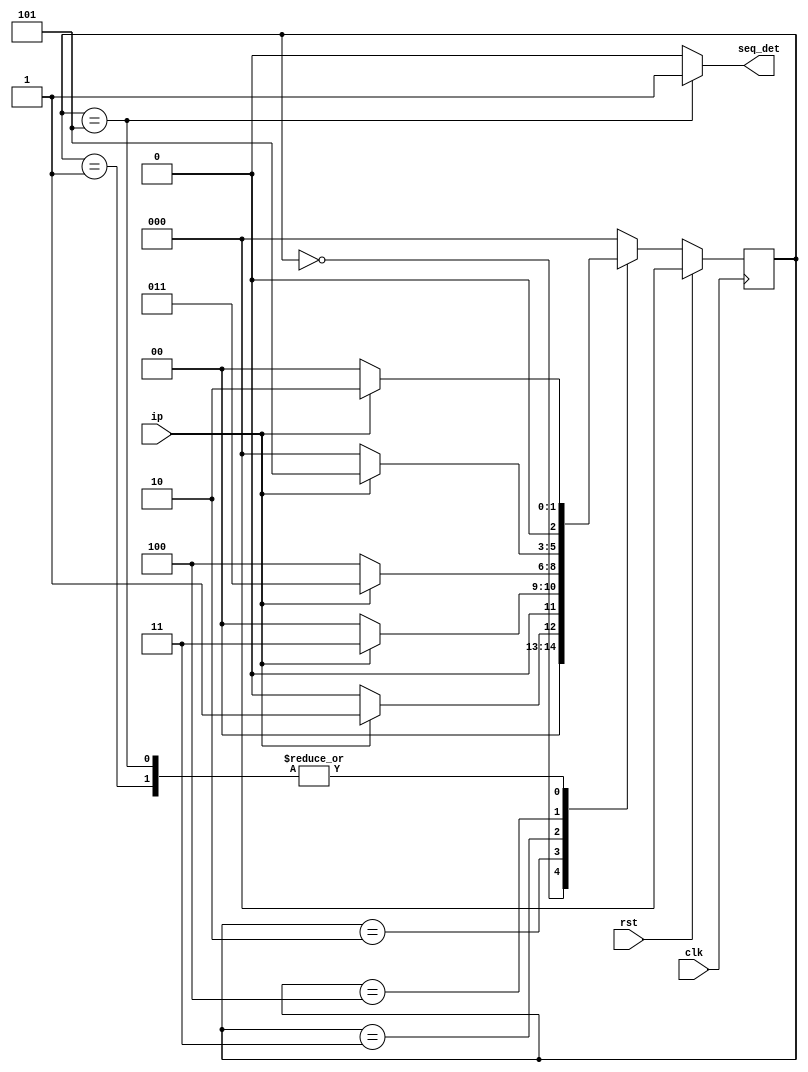
module fsm_11101(input clk,rst,ip,output seq_det);
  reg [2:0] pr_st,nx_st;
  parameter A=3'b000,B=3'b001,C=3'b010,D=3'b011,E=3'b100,F=3'b101;
  always @(posedge clk)begin
    if(rst)
      pr_st<=A;
    else
      pr_st<=nx_st;
  end
  assign seq_det=(pr_st==F)?1'b1:1'b0;
  
  always @(pr_st,ip)begin
    case(pr_st)
      A:if(ip==1)
          nx_st<=B;
        else
          nx_st<=A;
      B:if(ip==1)
          nx_st<=C;
        else
          nx_st<=A;
      C:if(ip==1)
          nx_st<=D;
        else
          nx_st<=A;
      D:if(ip==0)
          nx_st<=E;
        else
          nx_st<=D;
      E:if(ip==1)
          nx_st<=F;
         else
          nx_st<=A;
      F:if(ip==1)
          nx_st<=C;
        else
          nx_st<=A;
      default:nx_st<=A;
    endcase
  end
endmodule



module tb;
  reg clk,rst,ip;
  wire seq_det;
  fsm_11101 dut(clk,rst,ip,seq_det);
  always #5 clk=~clk;
  initial begin
    clk=0;rst=1;
    #10 rst=0;ip=0;
    #10 ip=1;
    #10 ip=1;
    #10 ip=1;
    #10 ip=0;
    #10 ip=1;
    #10 ip=1;
    #10 ip=1;
    #10 ip=0;
    #10 ip=1;
    #10 ip=1;
    #10 ip=1;
    #10 ip=0;
    #10 ip=1;
    #10 ip=0;
    #150 $finish();
  end
  initial 
    $monitor($time,"clk=%0d,rst=%0d,ip=%0d,seq_detr=%0d",clk,rst,ip,seq_det);
endmodule